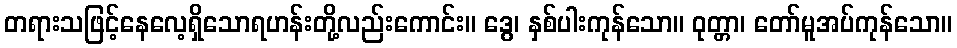
တရားသဖြင့်နေလေ့ရှိသောရဟန်းတို့လည်းကောင်း။ ဒွေ၊ နှစ်ပါးကုန်သော။ ဝုတ္တာ၊ တော်မူအပ်ကုန်သော။